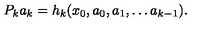
P _ { k } a _ { k } = h _ { k } ( x _ { 0 } , a _ { 0 } , a _ { 1 } , \dots a _ { k - 1 } ) .